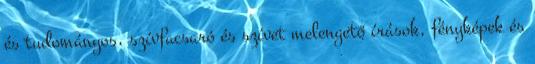
és tudományos, szívfacsaró és szívet melengető írások, fényképek és